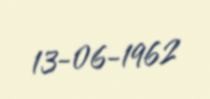
13-06-1962